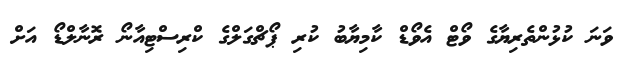
ވަނަ ކުޅުންތެރިޔާގެ ވޯޓް އެވޯޑް ކާމިޔާބު ކުރި ޕޯޗްގަލްގެ ކްރިސްޓިއާނޯ ރޮނާލްޑޯ އަށް